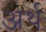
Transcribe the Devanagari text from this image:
अर्थ